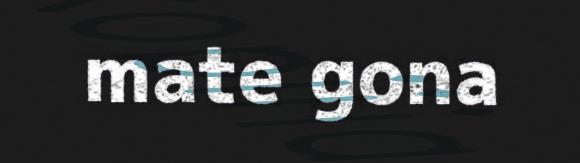
mate gona